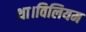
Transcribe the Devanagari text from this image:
था।विलियम